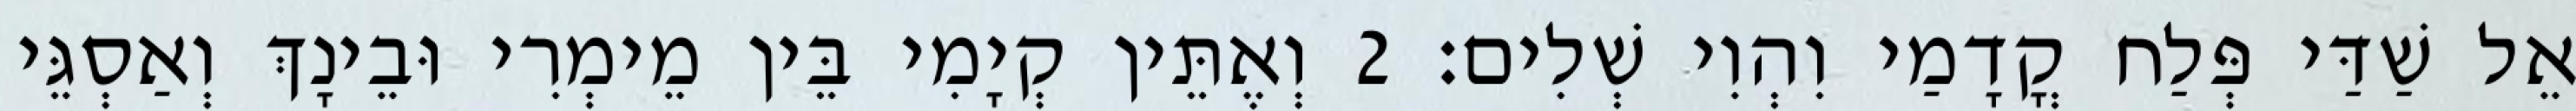
אֵל שַׁדַּי פְּלַח קֳדָמַי וִהְוִי שְׁלִים׃ 2 וְאֶתֵּין קְיָמִי בֵּין מֵימְרִי וּבֵינָךְ וְאַסְגֵּי